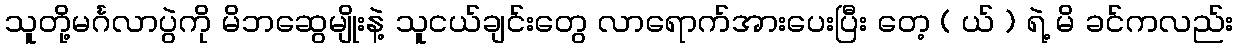
သူတို့မင်္ဂလာပွဲကို မိဘဆွေမျိုးနဲ့ သူငယ်ချင်းတွေ လာရောက်အားပေးပြီး တေ့ ( ယ် ) ရဲ့ မိ ခင်ကလည်း